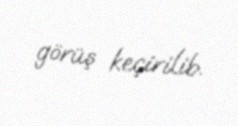
görüş keçirilib.